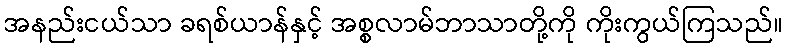
အနည်းငယ်သာ ခရစ်ယာန်နှင့် အစ္စလာမ်ဘာသာတို့ကို ကိုးကွယ်ကြသည်။